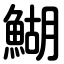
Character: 鰗